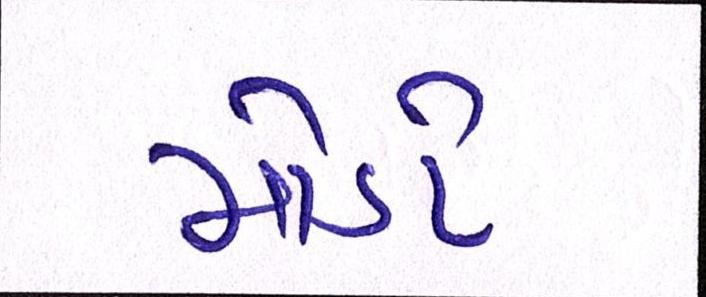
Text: મોડો